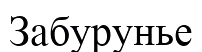
Забурунье